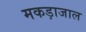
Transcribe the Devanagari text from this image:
मकड़ाजाल